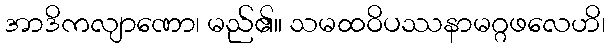
အာဒိကလျာဏော၊ မည်၏။ သမထဝိပဿနာမဂ္ဂဖလေဟိ၊